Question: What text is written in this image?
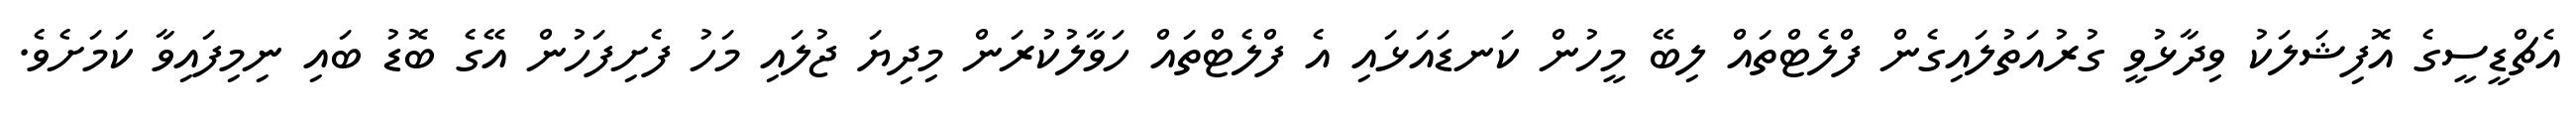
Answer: އެޗްޑީސީގެ އޮފިޝަލަކު ވިދާޅުވީ ގުރުއަތުލައިގެން ފްލެޓްތައް ލިބޭ މީހުން ކަނޑައަޅައި އެ ފްލެޓްތައް ހަވާލުކުރަން މިދިޔަ ޖުލައި މަހު ފެށިފަހުން އޭގެ ބޮޑު ބައި ނިމިފައިވާ ކަމަށެވެ.